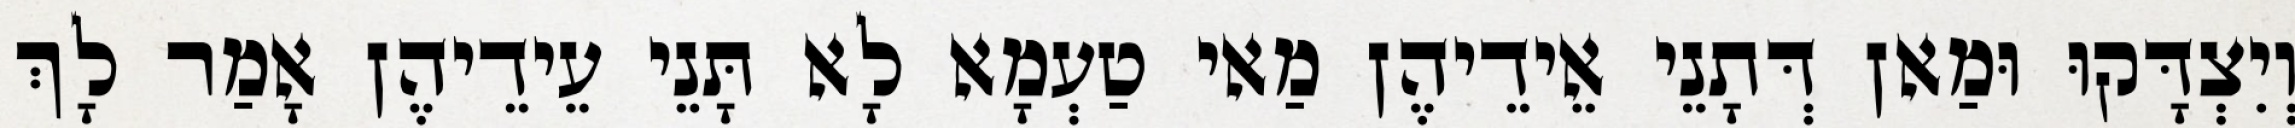
וְיִצְדָּקוּ וּמַאן דְּתָנֵי אֵידֵיהֶן מַאי טַעְמָא לָא תָּנֵי עֵידֵיהֶן אָמַר לָךְ